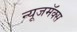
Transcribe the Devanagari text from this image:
न्यूजमॅक्स